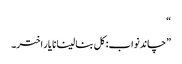
“
”چاند نواب: کل بنا لینا نا یار اختر۔